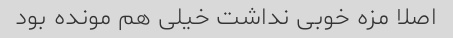
اصلا مزه خوبی نداشت خیلی هم مونده بود